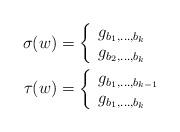
LaTeX: \begin{align*}\sigma(w) &=\left\{\begin{array}{ll} g_{b_1, \ldots, b_k} & \\ g_{b_2, \ldots, b_k} & \end{array}\right. \\\tau(w) &= \left\{\begin{array}{ll} g_{b_1, \ldots, b_{k-1}} & \\ g_{b_1, \ldots, b_k} & \end{array}\right. \end{align*}